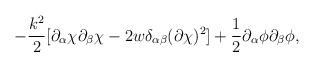
LaTeX: \begin{align*}-\frac{k^{2}}{2} [\partial_{\alpha} \chi\partial_{\beta} \chi -2w\delta_{\alpha\beta}(\partial \chi)^{2}]+ \frac{1}{2}\partial_{\alpha} \phi\partial_{\beta} \phi,\end{align*}